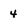
Character: 4